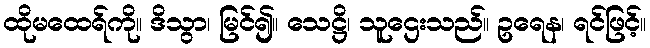
ထိုမထေရ်ကို။ ဒိသွာ၊ မြင်၍။ သေဋ္ဌိ၊ သူဌေးသည်။ ဥရေန၊ ရင်ဖြင့်။